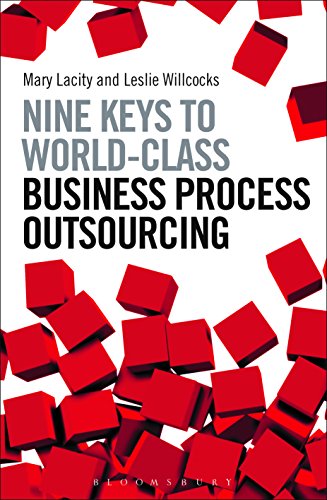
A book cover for Nine Keys to World-Class Business Process Outsourcing; Mary Lacity; Business & Money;